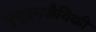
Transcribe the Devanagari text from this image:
भूसूक्ष्मजैविकी